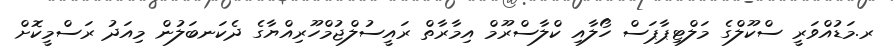
ރ.މަޑުއްވަރީ ސްކޫލްގެ މަލްޓިޕާޕަސް ހޯލާއި ކްލާސްރޫމް އިމާރާތް ރައީސުލްޖުމްހޫރިއްޔާގެ ދެކަނބަލުން މިއަދު ރަސްމީކޮށް